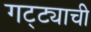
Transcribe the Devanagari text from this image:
गट्ट्याची